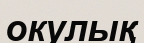
окулық